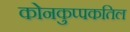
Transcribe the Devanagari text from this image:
कोनकुप्पकतिल